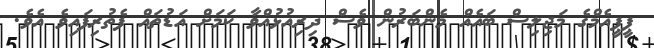
ޕީޕީއެމްގެ މަޖިލިސް ބައެއް މެންބަރުން ވެސް ދިރިއުޅުއްވާ ކަމަށް އަޑުތައް ފެތުރިފައިވެ އެވެ.